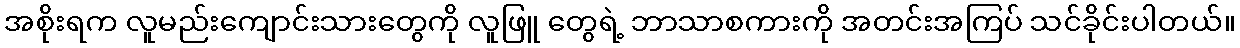
အစိုးရက လူမည်းကျောင်းသားတွေကို လူဖြူ တွေရဲ့ ဘာသာစကားကို အတင်းအကြပ် သင်ခိုင်းပါတယ်။